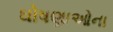
ઘોષણાઓના